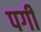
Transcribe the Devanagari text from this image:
पगी